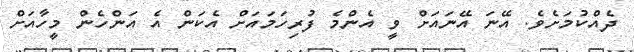
ދެއްކުމަށެވެ. އޭނަ އޭނައަށް ވީ އެންމެ ފުރިހަމައަށް އެކަން އެ އަންހެން މީހާއަށް